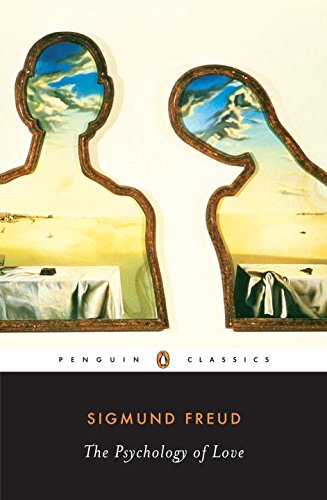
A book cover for The Psychology of Love; Sigmund Freud; Medical Books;